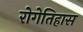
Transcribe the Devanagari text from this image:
रोगेतिहास